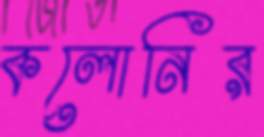
কলোনির